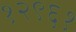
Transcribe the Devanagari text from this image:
१२९६१